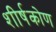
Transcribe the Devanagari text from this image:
शीर्षकोण